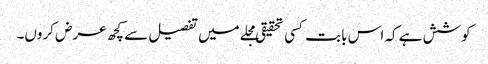
کوشش ہے کہ اس بابت کسی تحقیقی مجلے میں تفصیل سے کچھ عرض کروں۔